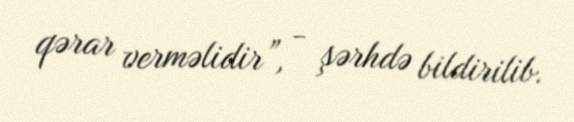
qərar verməlidir”, - şərhdə bildirilib.